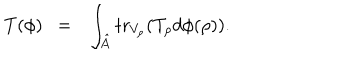
T ( \phi ) ~ ~ = ~ ~ \int _ { \hat { A } } \mathrm { t r } _ { V _ { \rho } } ( T _ { \rho } d \phi ( \rho ) ) .